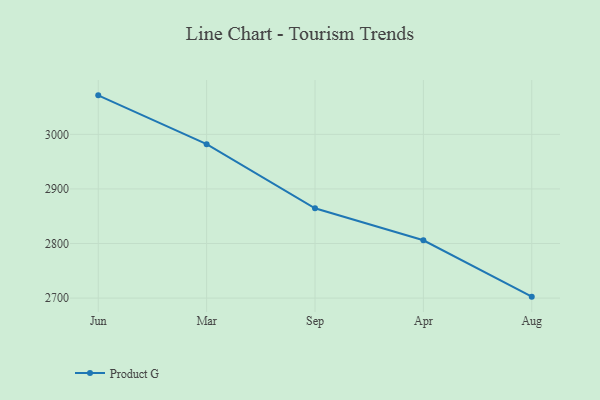
{"axis": {"x": "Month", "y": "Conversion Rate (%)"}, "legend": ["Product G"], "data": [{"x": "Jun", "y": 3071.5, "type": "Product G"}, {"x": "Mar", "y": 2982.1, "type": "Product G"}, {"x": "Sep", "y": 2864.5, "type": "Product G"}, {"x": "Apr", "y": 2805.9, "type": "Product G"}, {"x": "Aug", "y": 2702.6, "type": "Product G"}]}